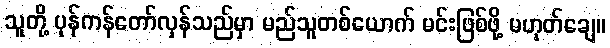
သူတို့ ပုန်ကန်တော်လှန်သည်မှာ မည်သူတစ်ယောက် မင်းဖြစ်ဖို့ မဟုတ်ချေ။